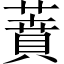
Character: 蕡